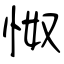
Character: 怓